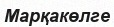
Марқакөлге